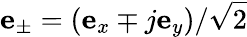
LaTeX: \mathbf{e}_{\pm}=(\mathbf{e}_{x}\mp j\mathbf{e}_{y})/\sqrt{2}